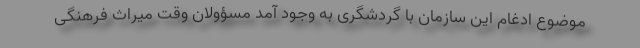
موضوع ادغام این سازمان با گردشگری به وجود آمد مسؤولان وقت میراث فرهنگی